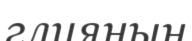
глияның